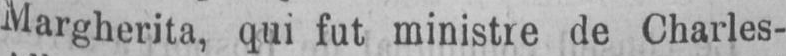
Margherita, qui fut ministre de Charles-